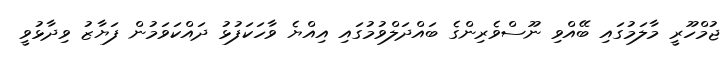
ޖުމްހޫރީ މާލަމުގައި ބޭއްވި ނޫސްވެރިންގެ ބައްދަލްވުމުގައި އިއްޔެ ވާހަކަފުޅު ދައްކަވަމުން ފަޔާޒު ވިދާޅުވީ